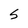
Character: S